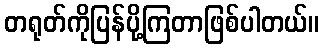
တရုတ်ကိုပြန်ပို့ကြတာဖြစ်ပါတယ်။